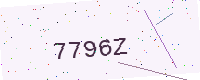
Text: 7796Z